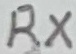
Text: RX